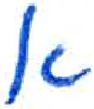
אות: א